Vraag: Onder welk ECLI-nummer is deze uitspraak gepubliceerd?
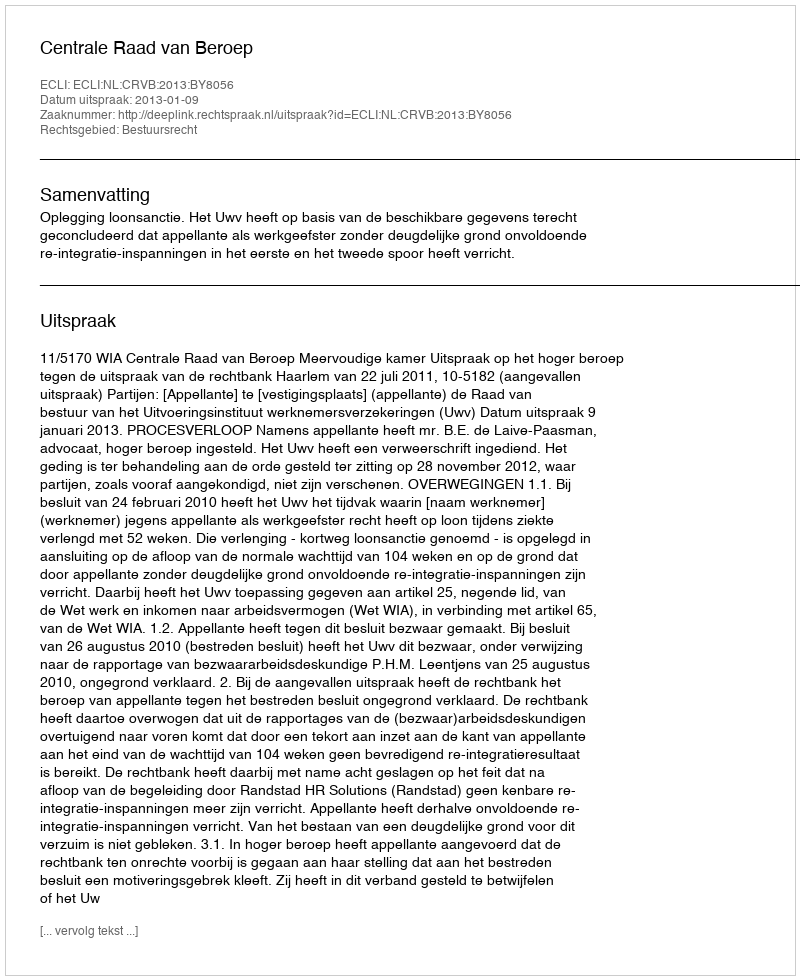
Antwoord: ECLI:NL:CRVB:2013:BY8056